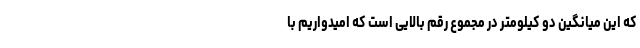
که این میانگین دو کیلومتر در مجموع رقم بالایی است که امیدواریم با